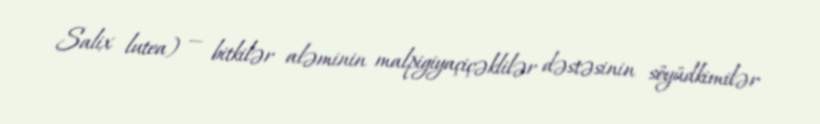
Salix lutea) — bitkilər aləminin malpigiyaçiçəklilər dəstəsinin söyüdkimilər